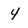
Character: 4